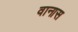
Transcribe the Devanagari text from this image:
वानास